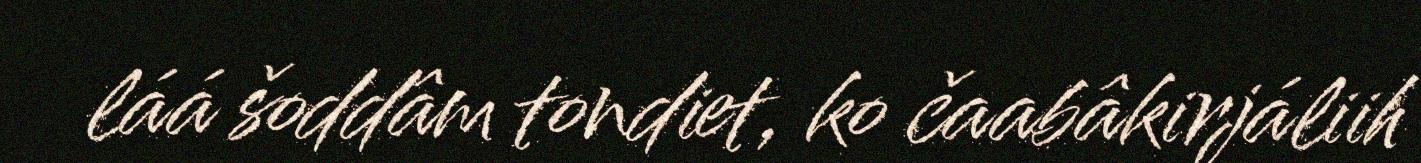
láá šoddâm tondiet, ko čaabâkirjáliih